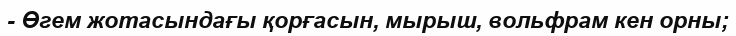
- Өгем жотасындағы қорғасын, мырыш, вольфрам кен орны;